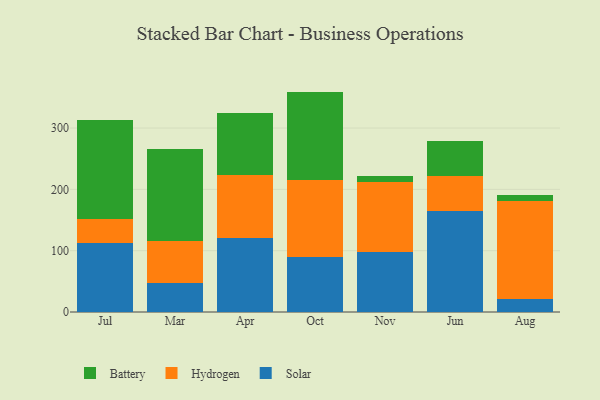
{"axis": {"x": "Month", "y": "Production Output"}, "legend": ["Battery", "Hydrogen", "Solar"], "data": [{"x": "Jul", "y": 112.6, "type": "Solar"}, {"x": "Jul", "y": 39.8, "type": "Hydrogen"}, {"x": "Jul", "y": 160.7, "type": "Battery"}, {"x": "Mar", "y": 47.3, "type": "Solar"}, {"x": "Mar", "y": 67.7, "type": "Hydrogen"}, {"x": "Mar", "y": 150.6, "type": "Battery"}, {"x": "Apr", "y": 120.8, "type": "Solar"}, {"x": "Apr", "y": 103.0, "type": "Hydrogen"}, {"x": "Apr", "y": 100.8, "type": "Battery"}, {"x": "Oct", "y": 89.7, "type": "Solar"}, {"x": "Oct", "y": 124.9, "type": "Hydrogen"}, {"x": "Oct", "y": 144.8, "type": "Battery"}, {"x": "Nov", "y": 97.9, "type": "Solar"}, {"x": "Nov", "y": 113.7, "type": "Hydrogen"}, {"x": "Nov", "y": 10.3, "type": "Battery"}, {"x": "Jun", "y": 164.4, "type": "Solar"}, {"x": "Jun", "y": 57.7, "type": "Hydrogen"}, {"x": "Jun", "y": 57.4, "type": "Battery"}, {"x": "Aug", "y": 20.9, "type": "Solar"}, {"x": "Aug", "y": 160.7, "type": "Hydrogen"}, {"x": "Aug", "y": 9.5, "type": "Battery"}]}